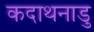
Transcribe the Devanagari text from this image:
कदाथनाडु